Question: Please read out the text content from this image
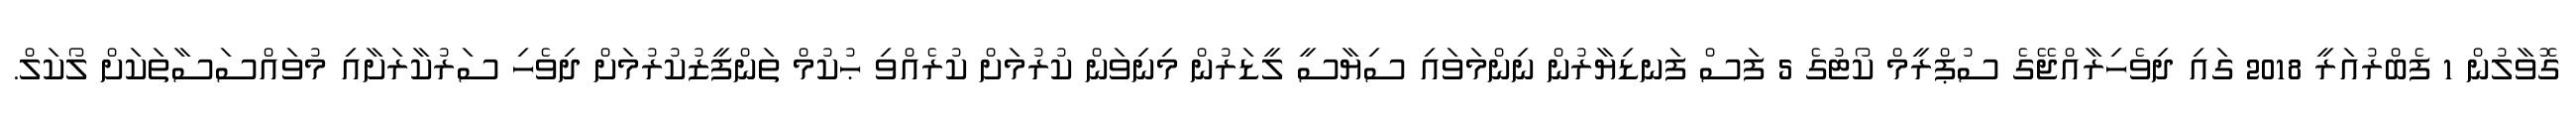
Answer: ގޮވާލުން 1 ފެބްރުއަރީ 2018 ގައި ދިވެހިރާއްޖޭގެ ސުޕްރީމް ކޯޓުގެ 5 ފަސް ފަނޑިޔާރުން ނިންމަވައި ސިޔާސީ ލީޑަރުން މިނިވަން ކުރުމަށް ކުރެއްވި ޙުކުމް ތަންފީޒުކުރުމަށް ދިވެހި ސަރުކާރަށާއި މުވައްސަސާތަކަށް ލޯކަލް.